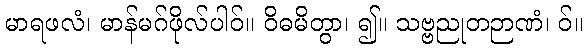
မာရဖလံ၊ မာန်မဂ်ဖိုလ်ပါဝ်။ ဝိဓမိတွာ၊ ၍။ သဗ္ဗညုတဉာဏံ၊ ဝ်။